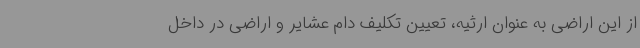
از این اراضی به عنوان ارثیه، تعیین تکلیف دام عشایر و اراضی در داخل